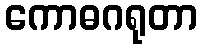
ကောဓဂရုတာ